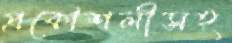
প্রকৌশলীসহ